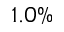
1 . 0 \%